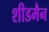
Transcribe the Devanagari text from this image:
शीडमैन